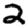
Digit: 2